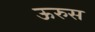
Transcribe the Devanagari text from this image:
ऊरुस